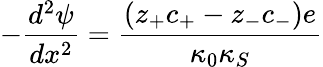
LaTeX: -\frac{d^{2}\psi}{dx^{2}}=\frac{(z_{+}c_{+}-z_{-}c_{-})e}{\kappa_{0}\kappa_{S}}